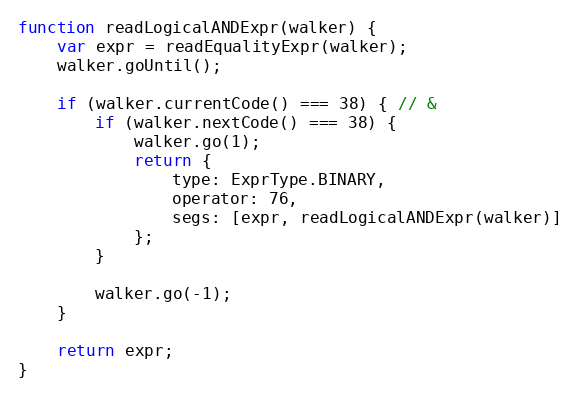
Language: JavaScript
function readLogicalANDExpr(walker) {
    var expr = readEqualityExpr(walker);
    walker.goUntil();

    if (walker.currentCode() === 38) { // &
        if (walker.nextCode() === 38) {
            walker.go(1);
            return {
                type: ExprType.BINARY,
                operator: 76,
                segs: [expr, readLogicalANDExpr(walker)]
            };
        }

        walker.go(-1);
    }

    return expr;
}